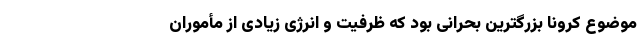
موضوع کرونا بزرگترین بحرانی بود که ظرفیت و انرژی زیادی از مأموران